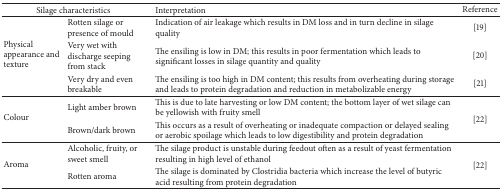
<table><thead><tr><td colspan="2"><b>Silage characteristics</b></td><td><b>Interpretation</b></td><td><b>Reference</b></td></tr></thead><tbody><tr><td rowspan="3">Physical appearance and texture</td><td>Rotten silage or presence of mould </td><td>Indication of air leakage which results in DM loss and in turn decline in silage quality </td><td>[19]</td></tr><tr><td>Very wet with discharge seeping from stack</td><td>The ensiling is low in DM; this results in poor fermentation which leads to significant losses in silage quantity and quality </td><td>[20]</td></tr><tr><td>Very dry and even breakable</td><td>The ensiling is too high in DM content; this results from overheating during storage and leads to protein degradation and reduction in metabolizable energy</td><td>[21]</td></tr><tr><td rowspan="2">Colour</td><td>Light amber brown</td><td>This is due to late harvesting or low DM content; the bottom layer of wet silage can be yellowish with fruity smell</td><td rowspan="2"> [22]</td></tr><tr><td>Brown/dark brown</td><td>This occurs as a result of overheating or inadequate compaction or delayed sealing or aerobic spoilage which leads to low digestibility and protein degradation </td></tr><tr><td rowspan="2">Aroma</td><td>Alcoholic, fruity, or sweet smell</td><td>The silage product is unstable during feedout often as a result of yeast fermentation resulting in high level of ethanol </td><td rowspan="2"> [22]</td></tr><tr><td>Rotten aroma</td><td>The silage is dominated by Clostridia bacteria which increase the level of butyric acid resulting from protein degradation</td></tr></tbody></table>